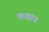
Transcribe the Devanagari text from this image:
कबाय